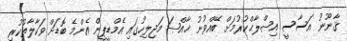
ޤާނޫނު އަސާސީ އިޞްލާޙްކުރުމަށް ބޭއްވުނު ޚާއްޞަ މަޖިލިހުގައި އެމްޑީޕީން އެންމެ ބޮޑަށް ވަކާލާތުކުރި